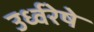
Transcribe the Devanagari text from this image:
उर्ध्वरेषे